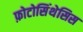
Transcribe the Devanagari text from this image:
फ़ोटोसिंथेसिस